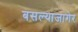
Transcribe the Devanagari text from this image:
बसल्याजागेर